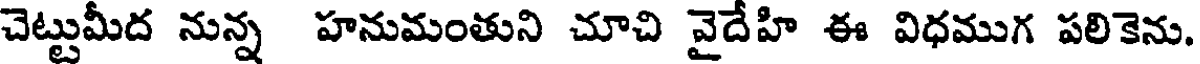
చెట్టుమీద నున్న హనుమంతుని చూచి వైదేహి ఈ విధముగ పలికెను.